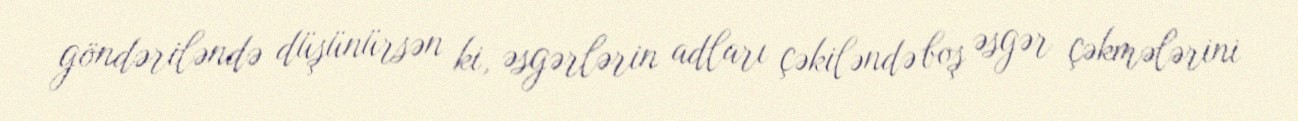
göndəriləndə düşünürsən ki, əsgərlərin adları çəkiləndə boş əsgər çəkmələrini